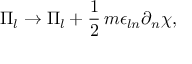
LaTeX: \Pi _ { l } \rightarrow \Pi _ { l } + \frac { 1 } { 2 } \, m \epsilon _ { l n } \partial _ { n } \chi ,